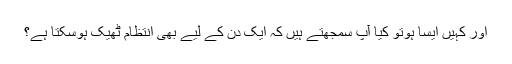
اور کہیں ایسا ہوتو کیا آپ سمجھتے ہیں کہ ایک دن کے لیے بھی انتظام ٹھیک ہوسکتا ہے؟